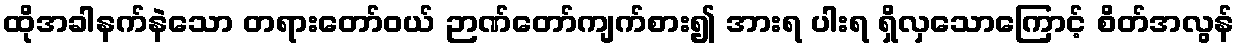
ထိုအခါနက်နဲသော တရားတော်ဝယ် ဉာဏ်တော်ကျက်စား၍ အားရ ပါးရ ရှိလှသောကြောင့် စိတ်အလွန်